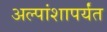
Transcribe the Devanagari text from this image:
अल्पांशापर्यंत